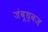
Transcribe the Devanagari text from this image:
जंबूध्वज